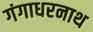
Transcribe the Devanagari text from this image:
गंगाधरनाथ